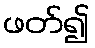
ဖတ်၍